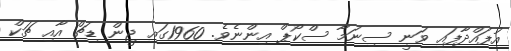
އުފައްދާފައި ވަނީ ސިނަމާ ސްކޯޕް އިންނެވެ. 1960ގައި ޖީން ޑިޗް އާއި ޗަކް